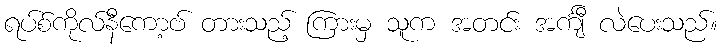
ရပ်စ်ကိုလ်နီကော့ဗ် တားသည့် ကြားမှ သူက အတင်း အင်္ကျီ လဲပေးသည်။